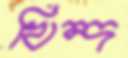
খিন্দ